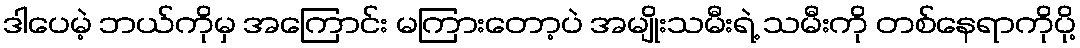
ဒါပေမဲ့ ဘယ်ကိုမှ အကြောင်း မကြားတော့ပဲ အမျိုးသမီးရဲ့ သမီးကို တစ်နေရာကိုပို့